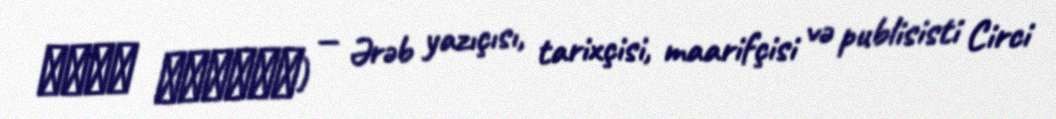
غادة كربلاء) — Ərəb yazıçısı, tarixçisi, maarifçisi və publisisti Circi